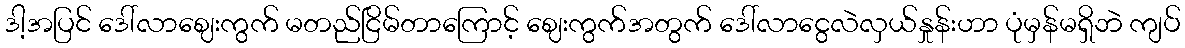
ဒါ့အပြင် ဒေါ်လာဈေးကွက် မတည်ငြိမ်တာကြောင့် ဈေးကွက်အတွက် ဒေါ်လာငွေလဲလှယ်နှုန်းဟာ ပုံမှန်မရှိဘဲ ကျပ်